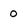
Character: 0